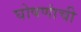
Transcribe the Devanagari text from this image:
घोषणांची